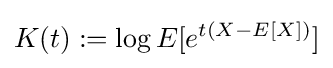
K(t):=\log E[e^{t(X-E[X])}]